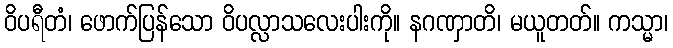
ဝိပရီတံ၊ ဖောက်ပြန်သော ဝိပလ္လာသလေးပါးကို။ နဂဏှာတိ၊ မယူတတ်။ ကသ္မာ၊